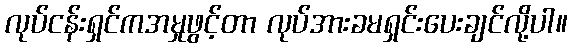
လုပ်ငန်းရှင်ကအမှုဖွင့်တာ လုပ်အားခမရှင်းပေးချင်လို့ပါ။